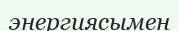
энергиясымен